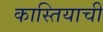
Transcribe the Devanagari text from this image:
कास्तियाची